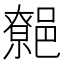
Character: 𨝼